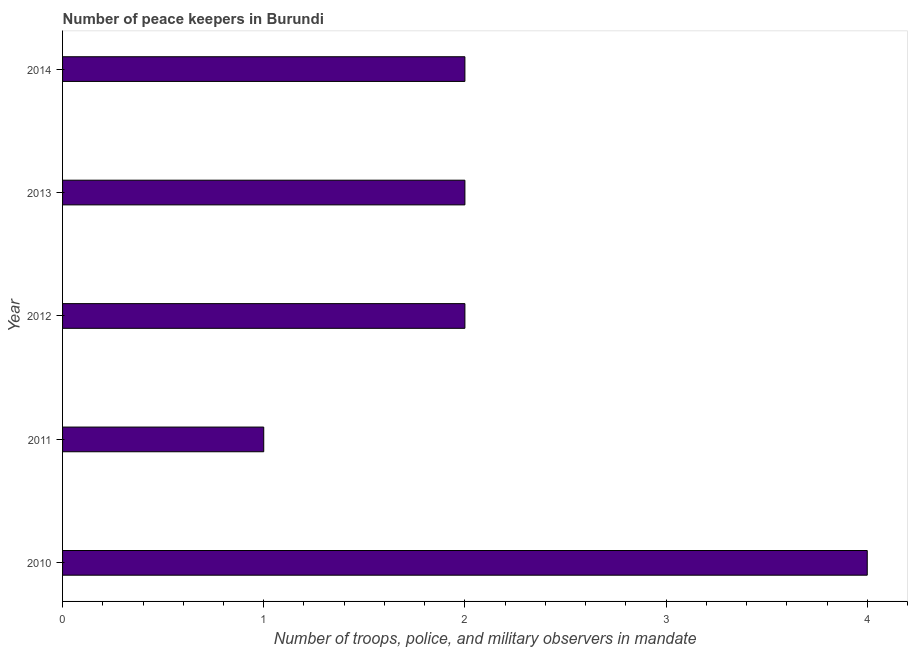
| Year | Presence of peace keepers |
 | --- | --- |
 | 2010 | 4 |
 | 2011 | 1 |
 | 2012 | 2 |
 | 2013 | 2 |
 | 2014 | 2 |